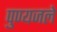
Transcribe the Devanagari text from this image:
पुण्यजले